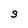
Character: S